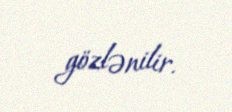
gözlənilir.